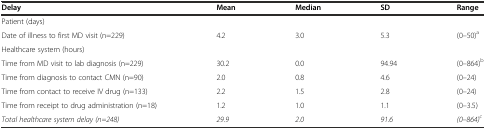
| Delay | Mean | Median | SD | Range |
 | --- | --- | --- | --- | --- |
 | Patient (days) |  |  |  |  |
 | Date of illness to first MD visit (n=229) | 4.2 | 3.0 | 5.3 | (0–50)a |
 | Healthcare system (hours) |  |  |  |  |
 | Time from MD visit to lab diagnosis (n=229) | 30.2 | 0.0 | 94.94 | (0–864)b |
 | Time from diagnosis to contact CMN (n=90) | 2.0 | 0.8 | 4.6 | (0–24) |
 | Time from contact to receive IV drug (n=133) | 2.2 | 1.5 | 2.8 | (0–24) |
 | Time from receipt to drug administration (n=18) | 1.2 | 1.0 | 1.1 | (0–3.5) |
 | Total healthcare system delay (n=248) | 29.9 | 2.0 | 91.6 | (0–864)c |